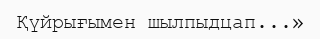
Қүйрығымен шылпыдцап...»